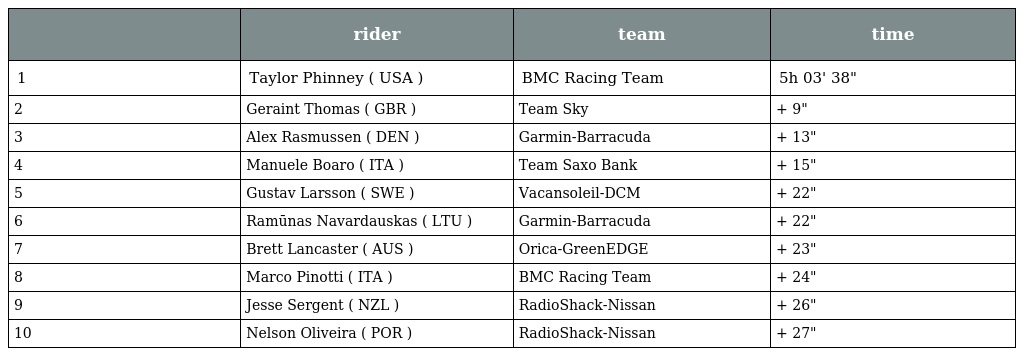
|  | rider | team | time |
 | --- | --- | --- | --- |
 | 1 | Taylor Phinney ( USA ) | BMC Racing Team | 5h 03' 38" |
 | 2 | Geraint Thomas ( GBR ) | Team Sky | + 9" |
 | 3 | Alex Rasmussen ( DEN ) | Garmin-Barracuda | + 13" |
 | 4 | Manuele Boaro ( ITA ) | Team Saxo Bank | + 15" |
 | 5 | Gustav Larsson ( SWE ) | Vacansoleil-DCM | + 22" |
 | 6 | Ramūnas Navardauskas ( LTU ) | Garmin-Barracuda | + 22" |
 | 7 | Brett Lancaster ( AUS ) | Orica-GreenEDGE | + 23" |
 | 8 | Marco Pinotti ( ITA ) | BMC Racing Team | + 24" |
 | 9 | Jesse Sergent ( NZL ) | RadioShack-Nissan | + 26" |
 | 10 | Nelson Oliveira ( POR ) | RadioShack-Nissan | + 27" |